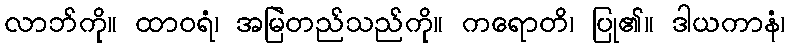
လာဘ်ကို။ ထာဝရံ၊ အမြဲတည်သည်ကို။ ကရောတိ၊ ပြု၏။ ဒါယကာနံ၊